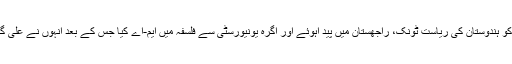
مشتاق احمد یوسفی 4 ستمبر، 1921ء کو ہندوستان کی ریاست ٹونک، راجھستان میں پید اہوئے اور آگرہ یونیورسٹی سے فلسفہ میں ایم-اے کیا جس کے بعد انہوں نے علی گڑھ مسلم یونیورسٹی سے ایل ایل بی کیا۔